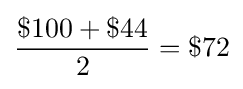
{\frac {\$100+\$44}{2}}=\$72